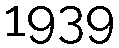
1939